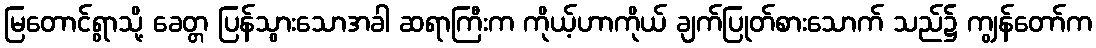
မြတောင်ရွာသို့ ခေတ္တ ပြန်သွားသောအခါ ဆရာကြီးက ကိုယ့်ဟာကိုယ် ချက်ပြုတ်စားသောက် သည်၌ ကျွန်တော်က